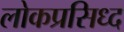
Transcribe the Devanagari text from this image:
लोकप्रसिध्द